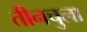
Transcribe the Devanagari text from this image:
तीनचुला